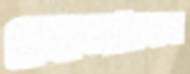
ফেনাবেন